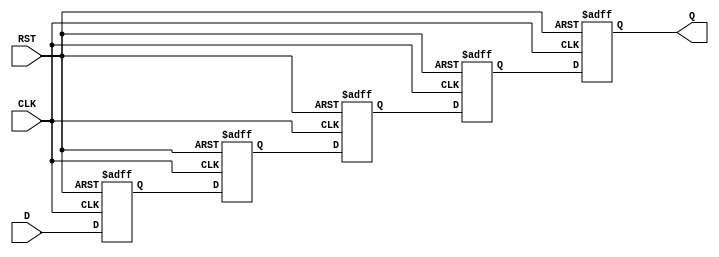
module pipeline_buffer #(
    parameter DEPTH = 4,      // Number of stages in the pipeline
    parameter DATA_WIDTH = 8  // Width of the data bus
)(
    input  wire [DATA_WIDTH-1:0] D,   // Data input
    input  wire CLK,                   // Clock signal
    input  wire RST,                   // Asynchronous reset
    output reg  [DATA_WIDTH-1:0] Q     // Data output
);

    // Internal registers for the pipeline stages
    reg [DATA_WIDTH-1:0] buffer [0:DEPTH-1];

    integer i;

    // Asynchronous reset and clock edge triggering
    always @(posedge CLK or posedge RST) begin
        if (RST) begin
            // Clear all stages on reset
            for (i = 0; i < DEPTH; i = i + 1) begin
                buffer[i] <= {DATA_WIDTH{1'b0}}; // Clear to zero
            end
            Q <= {DATA_WIDTH{1'b0}}; // Clear output
        end else begin
            // Shift data through the pipeline
            buffer[0] <= D; // Load new data into the first stage
            for (i = 1; i < DEPTH; i = i + 1) begin
                buffer[i] <= buffer[i-1]; // Shift data to the next stage
            end
            Q <= buffer[DEPTH-1]; // Output the last stage data
        end
    end

endmodule